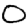
Digit: 0